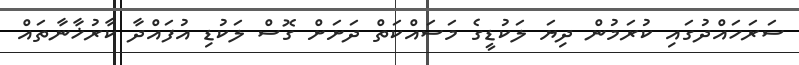
ސަރަހައްދުގައި ކުރަމުން ދިޔަ ލަކުޑީގެ މަސައްކަތް ދަށަށް ގޮސް ލަކުޑި އުފައްދާ ކާރުޚާނާތައް